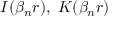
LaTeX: I ( \beta _ { n } r ) , \ K ( \beta _ { n } r )